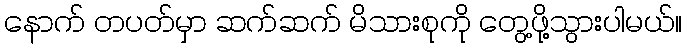
နောက် တပတ်မှာ ဆက်ဆက် မိသားစုကို တွေ့ဖို့သွားပါမယ်။